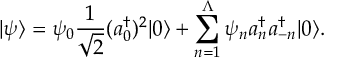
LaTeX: | \psi \rangle = \psi _ { 0 } { \frac { 1 } { \sqrt { 2 } } } ( a _ { 0 } ^ { \dagger } ) ^ { 2 } | 0 \rangle + \sum _ { n = 1 } ^ { \Lambda } \psi _ { n } a _ { n } ^ { \dagger } a _ { - n } ^ { \dagger } | 0 \rangle .